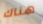
هناك